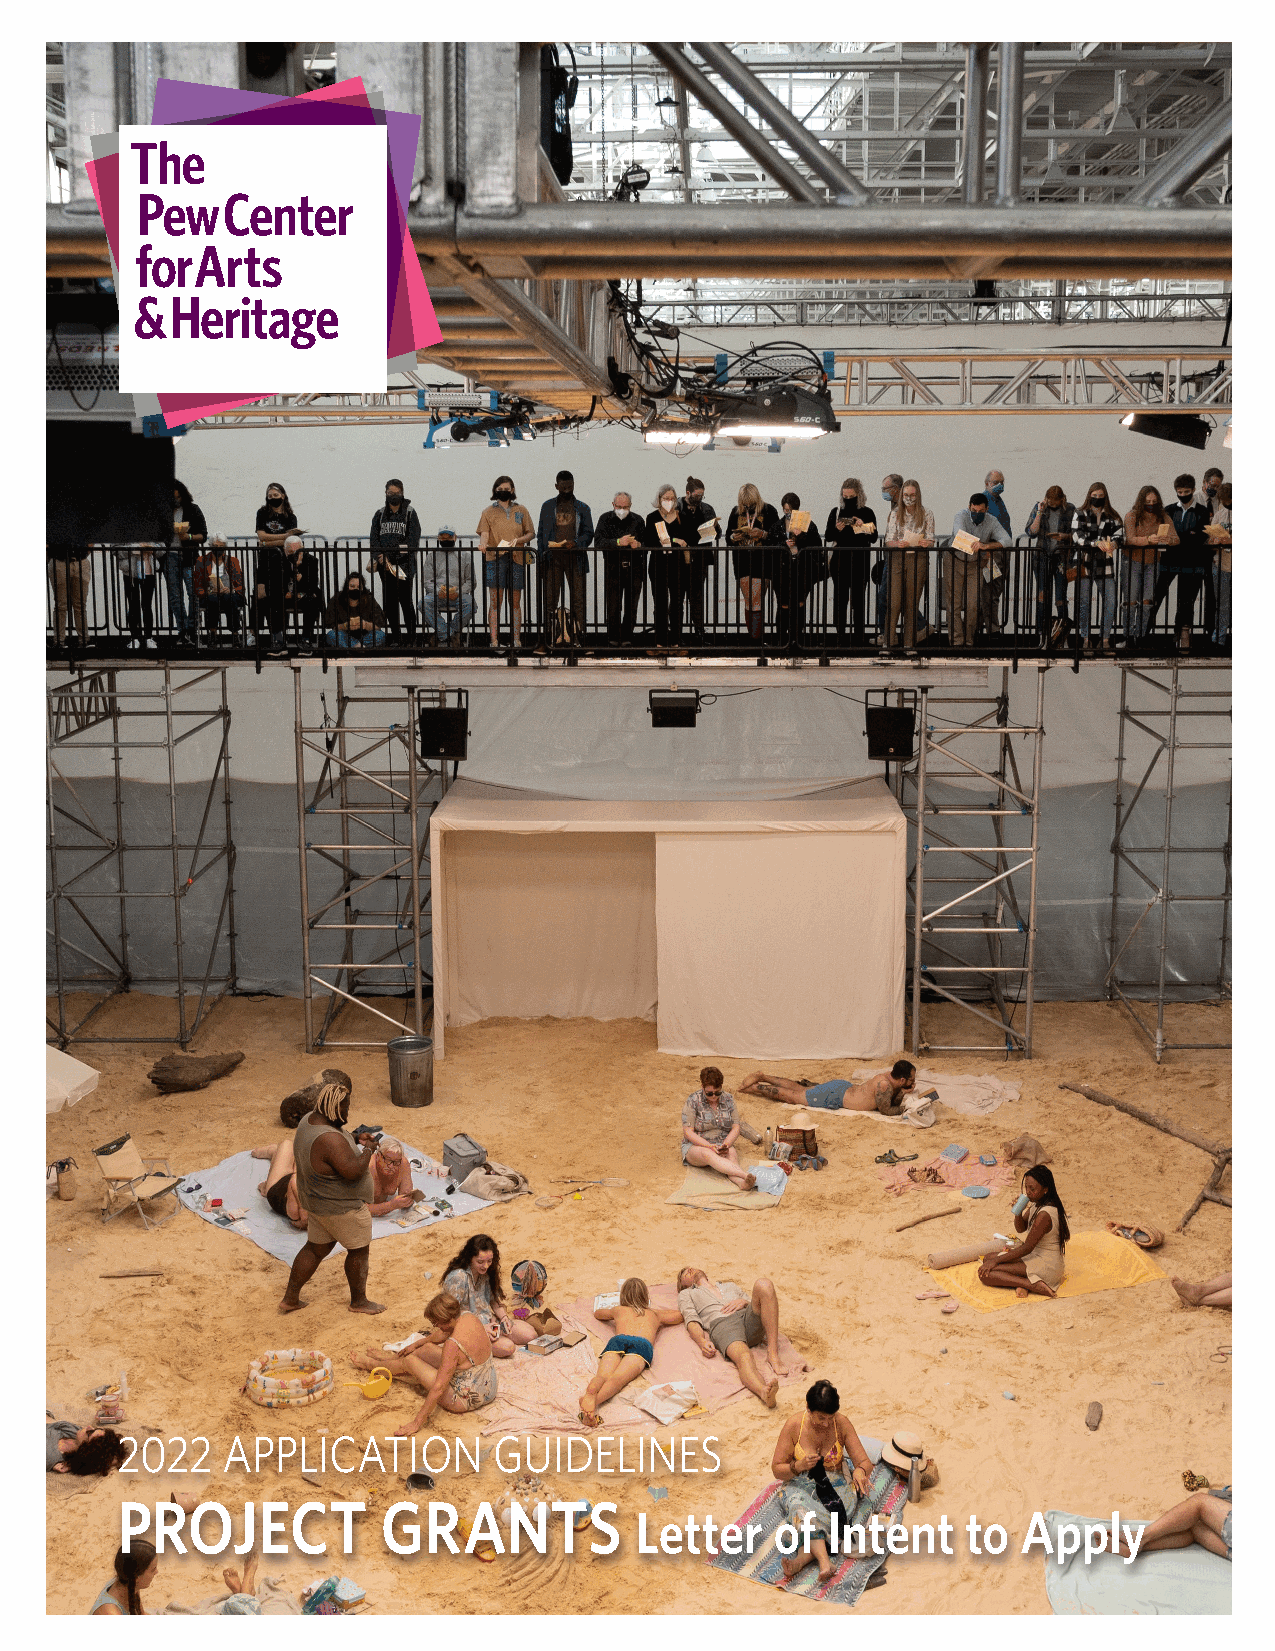
2022   APPLICATION       GUIDELINES
 PROJECT          GRANTS
 Letter   of  Intent   to  Apply